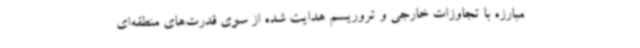
مبارزه با تجاوزات خارجی و تروریسم هدایت شده از سوی قدرت‌های منطقه‌ای